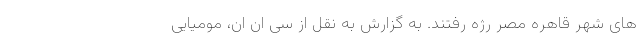
های شهر قاهره مصر رژه رفتند. به گزارش به نقل از سی ان ان، مومیایی